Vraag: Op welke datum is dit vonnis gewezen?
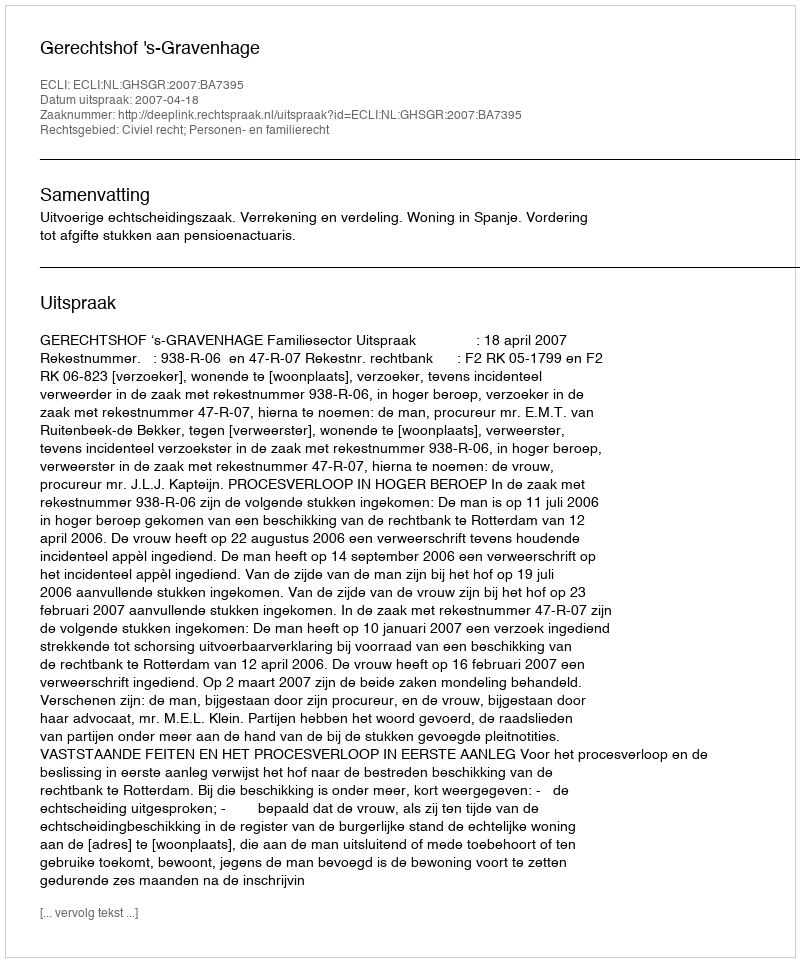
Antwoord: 2007-04-18